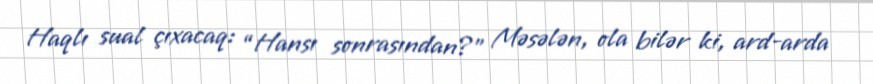
Haqlı sual çıxacaq: “Hansı sonrasından?” Məsələn, ola bilər ki, ard-arda